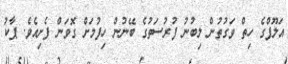
އަލޫފްގެ ހިތް ވަގުތުން ލިބުނު ފުރުސަތުގެ ބޭނުން ހިފުމަށް ގޮވަން ފެށިއެވެ. ޕާކު